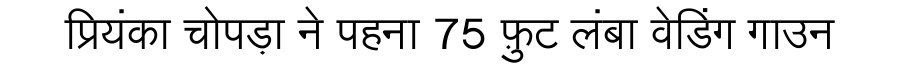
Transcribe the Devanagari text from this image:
प्रियंका चोपड़ा ने पहना 75 फ़ुट लंबा वेडिंग गाउन